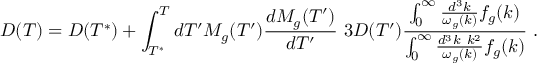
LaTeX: D ( T ) = D ( T ^ { * } ) + \int _ { T ^ { * } } ^ { T } d T ^ { \prime } M _ { g } ( T ^ { \prime } ) \frac { d M _ { g } ( T ^ { \prime } ) } { d T ^ { \prime } } \ 3 D ( T ^ { \prime } ) { \frac { \int _ { 0 } ^ { \infty } \frac { d ^ { 3 } k } { \omega _ { g } ( k ) } f _ { g } ( k ) } { \int _ { 0 } ^ { \infty } \frac { d ^ { 3 } k ~ k ^ { 2 } } { \omega _ { g } ( k ) } f _ { g } ( k ) } } \ .